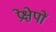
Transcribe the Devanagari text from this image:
प्रेक्षेपों